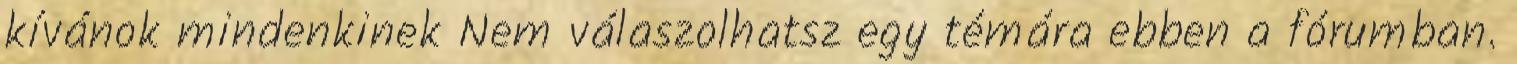
kívánok mindenkinek Nem válaszolhatsz egy témára ebben a fórumban.